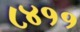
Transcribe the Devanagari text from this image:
८४११